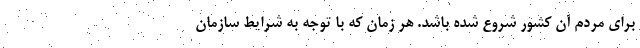
برای مردم آن کشور شروع شده باشد. هر زمان که با توجه به شرایط سازمان